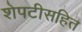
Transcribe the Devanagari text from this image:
शेपटीसहित